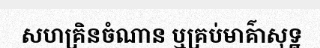
សហគ្រិនចំណាន ឬគ្រប់មាគ៌ាសុទ្ឋ